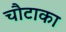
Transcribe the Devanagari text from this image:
चौटाका